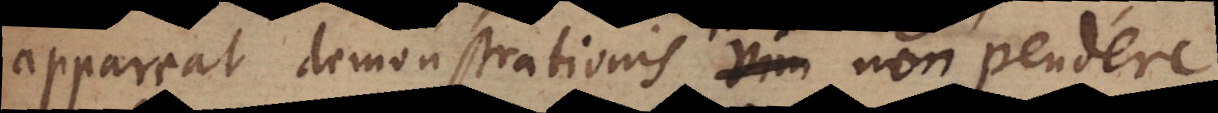
appareat demonstrationis vim non pendere